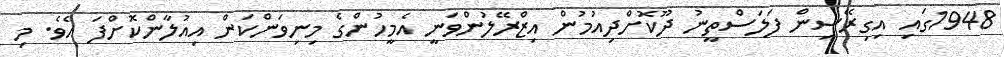
1948ގައި އިގިރޭސިން ފަލަސްތީނު ދޫކޮށްދިއުމުން އިޒްރޭލުންވަނީ އެމީހުންގެ މިނިވަންކަން އިއުލާންކޮށްފަ އެވެ. މި